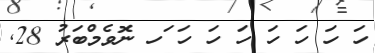
ހަ ހަ ހަ ހަ ހަ ހަ ހަ ަހ ނޮވެމްބަރު 28